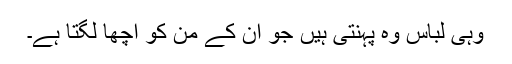
وہی لباس وہ پہنتی ہیں جو ان کے من کو اچھا لگتا ہے۔